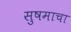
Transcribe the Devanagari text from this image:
सुषमाचा